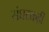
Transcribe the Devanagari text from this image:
संघटकही